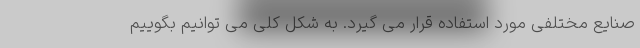
صنایع مختلفی مورد استفاده قرار می گیرد. به شکل کلی می توانیم بگوییم